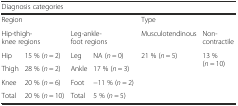
<table><thead><tr><td colspan="6"><b>Diagnosis categories</b></td></tr></thead><tbody><tr><td colspan="4">Region</td><td colspan="2">Type</td></tr><tr><td colspan="2">Hip-thigh-knee regions</td><td colspan="2">Leg-ankle-foot regions</td><td>Musculotendinous</td><td>Non-contractile</td></tr><tr><td>Hip</td><td>15 % (<i>n</i> = 2)</td><td>Leg</td><td>NA (<i>n</i> = 0)</td><td rowspan="4">21 % (<i>n</i> = 5)</td><td rowspan="4">13 % (<i>n</i> = 10)</td></tr><tr><td>Thigh</td><td>28 % (<i>n</i> = 2)</td><td>Ankle</td><td>17 % (<i>n</i> = 3)</td></tr><tr><td>Knee</td><td>20 % (<i>n</i> = 6)</td><td>Foot</td><td>−11 % (<i>n</i> = 2)</td></tr><tr><td>Total</td><td>20 % (<i>n</i> = 10)</td><td>Total</td><td>5 % (<i>n</i> = 5)</td></tr></tbody></table>